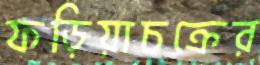
ফড়িয়াচক্রের